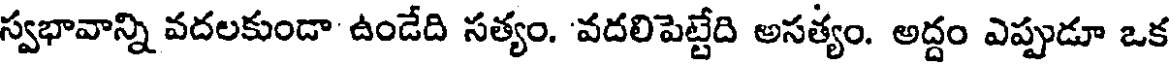
స్వభావాన్ని వదలకుండా ఉండేది సత్యం. 'వదలిపెట్టేది అసత్యం. అద్దం ఎప్పుడూ ఒక